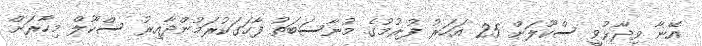
އޭނާ ވިދާޅުވީ ސްކޫލަށް 25 އަހަރު ފުރުމުގެ މުނާސަބަތު ފާހަގަކުރަމުންދާއިރު ސްކޫލް މިހާރަށް